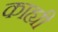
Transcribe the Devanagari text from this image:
काह्यी